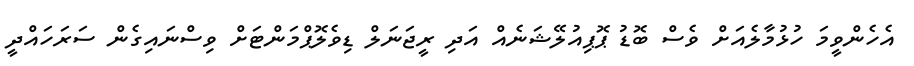
އެހެންވީމަ ހުޅުމާލެއަށް ވެސް ބޮޑު ޕޮޕިއުލޭޝަނެއް އަދި ރީޖަނަލް ޑިވެލޮޕްމަންޓަށް ވިސްނައިގެން ސަަރަހައްދީ